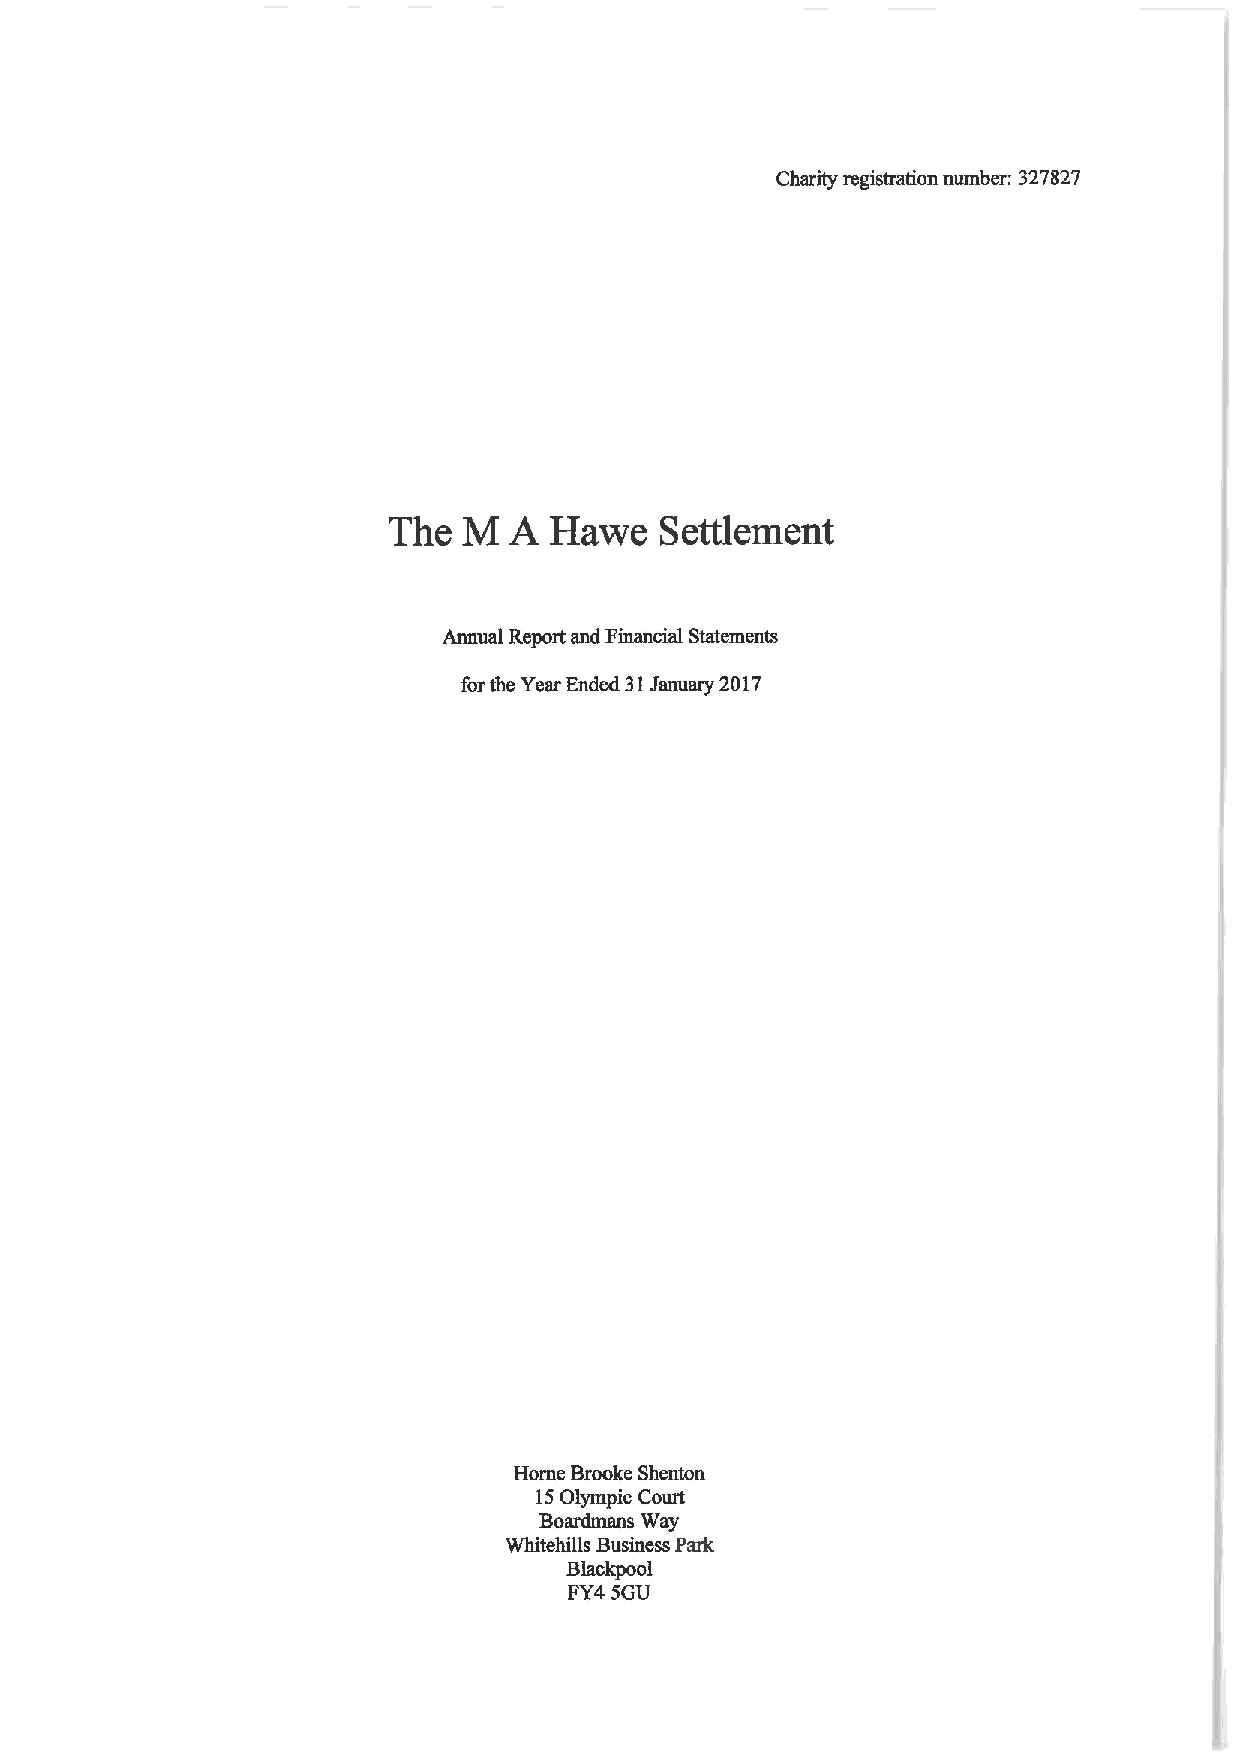
Charity registration number: 327827
 The  M  A Hawe    Settlement
 Annual Report and Financial Statements
 forthe Year Ended 31January 2017
 Horne Brooke Shenton
 15Olympic Court
 Boardmans Way
 Whitehills Business Park
 Blackpool
 FY4SGU